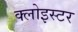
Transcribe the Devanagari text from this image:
क्लोइस्टर